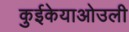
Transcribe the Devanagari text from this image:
कुईकेयाओउली